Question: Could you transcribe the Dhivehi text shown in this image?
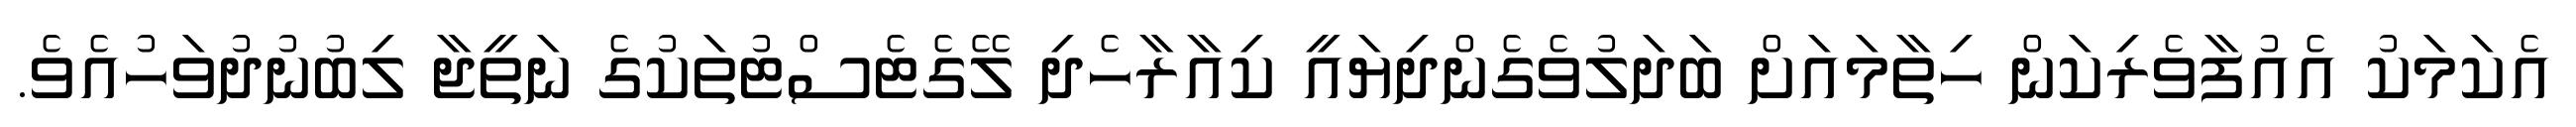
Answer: އެކަމަކު އެއުފާވެރިކަން ހިތާމައަށް ބަދަލުވެގެންދިޔައީ ކިއާރާހެދި ލޭގެޓެސްޓުތަކުގެ ނަތީޖާ ލިބުނުދުވަހުއެވެ.